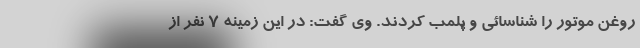
روغن موتور را شناسائی و پلمب کردند. وی گفت: در این زمینه ۷ نفر از